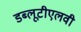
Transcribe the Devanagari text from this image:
डब्लूटीएलवी